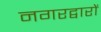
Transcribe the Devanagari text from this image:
नगरद्वारों